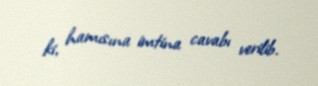
ki, hamısına imtina cavabı verilib.